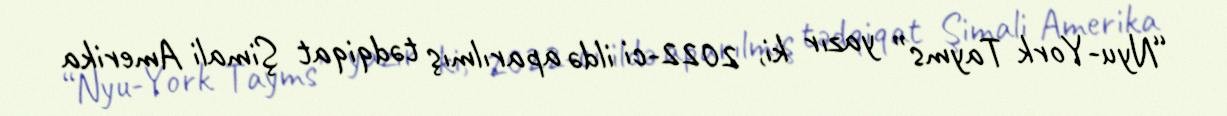
“Nyu-York Tayms” yazır ki, 2022-ci ildə aparılmış tədqiqat Şimali Amerika